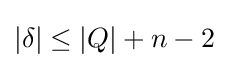
|\delta |\leq |Q|+n-2